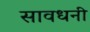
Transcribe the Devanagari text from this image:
सावधनी